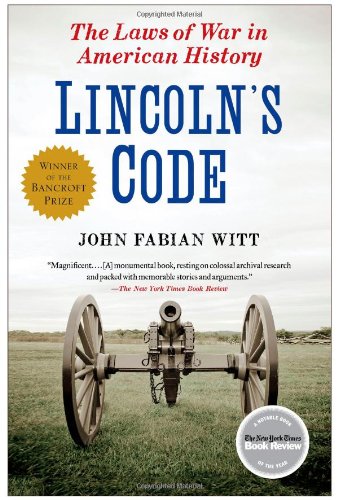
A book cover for Lincoln's Code: The Laws of War in American History; John Fabian Witt; Law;